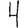
Digit: 4